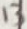
Text: 13